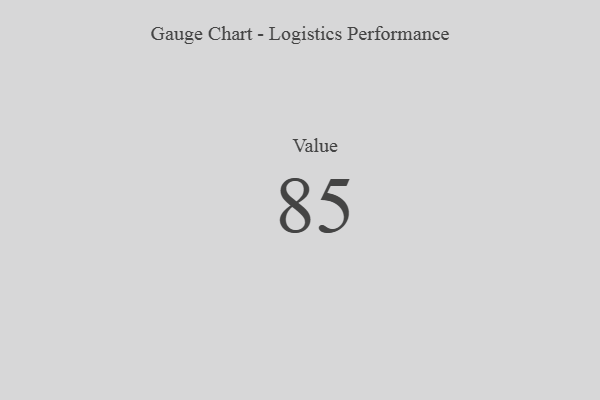
{"axis": {"x": "Metric", "y": "Value"}, "legend": [""], "data": [{"x": "Value", "y": 85, "type": ""}]}